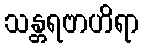
သန္တရဗာဟိရာ